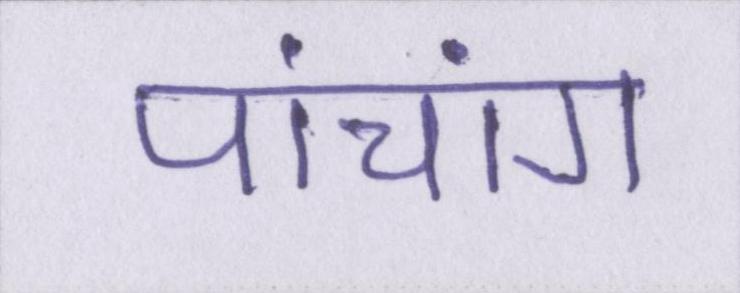
पांचांग